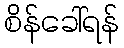
စိန်ခေါ်ရန်